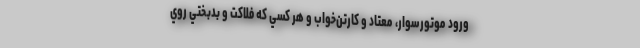
ورود موتورسوار، معتاد و كارتن‌خواب و هر كسي كه فلاكت و بدبختي روي